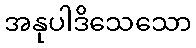
အနုပါဒိသေသော